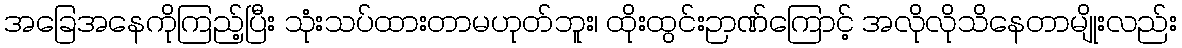
အခြေအနေကိုကြည့်ပြီး သုံးသပ်ထားတာမဟုတ်ဘူး၊ ထိုးထွင်းဉာဏ်ကြောင့် အလိုလိုသိနေတာမျိုးလည်း